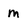
Character: M